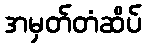
အမှတ်တံဆိပ်